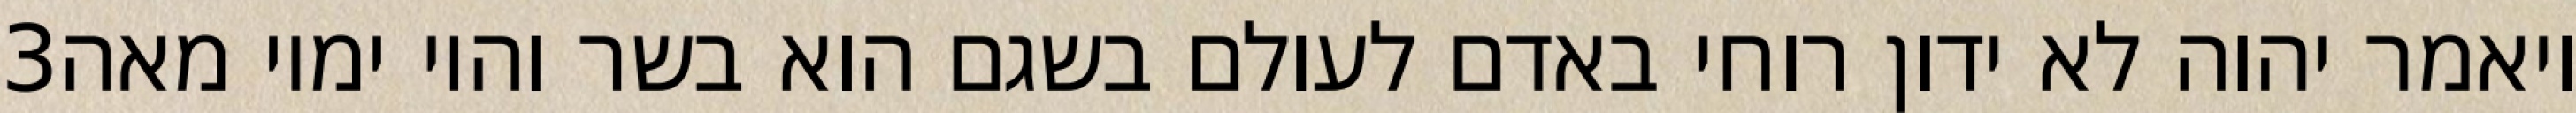
‎3‏ ויאמר יהוה לא ידון רוחי באדם לעולם בשגם הוא בשר והיו ימיו מאה